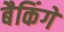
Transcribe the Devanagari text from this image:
बैकिंगें